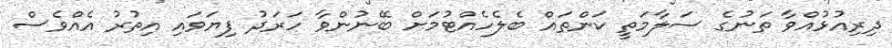
ދިރިއުޅުއްވާ ތަނުގެ ސަލާމަތީ ކަންތައް ބެލެހެއްޓުމަށް ބޭނުންވާ ހަރަދު ފިޔަވައި އިތުރު އެއްވެސް